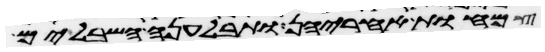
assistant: צמחות אחריהן ותבלענה השבלים